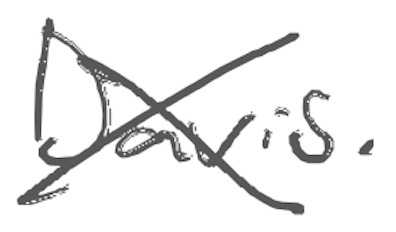
Text: Davis.
Cross-out: cross
Writing tool: digital_gray